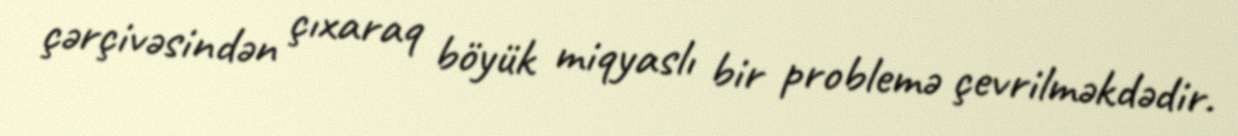
çərçivəsindən çıxaraq böyük miqyaslı bir problemə çevrilməkdədir.